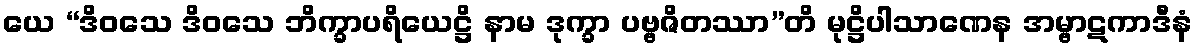
ယေ “ဒိဝသေ ဒိဝသေ ဘိက္ခာပရိယေဋ္ဌိ နာမ ဒုက္ခာ ပဗ္ဗဇိတဿာ”တိ မုဋ္ဌိပါသာဏေန အမ္ဗာဋကာဒီနံ